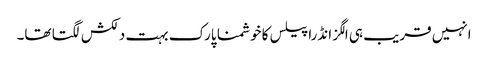
انہیں قریب ہی الگزانڈرا پیلس کا خوشمنا پارک بہت دلکش لگتا تھا۔